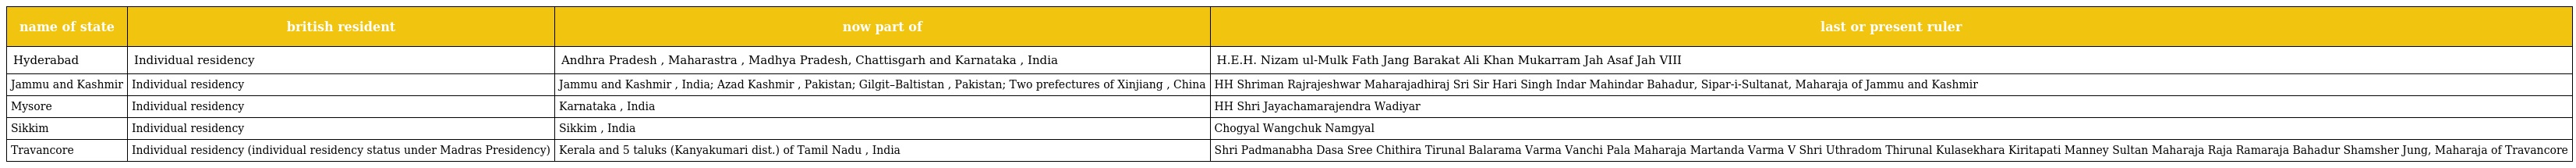
| name of state | british resident | now part of | last or present ruler |
 | --- | --- | --- | --- |
 | Hyderabad | Individual residency | Andhra Pradesh , Maharastra , Madhya Pradesh, Chattisgarh and Karnataka , India | H.E.H. Nizam ul-Mulk Fath Jang Barakat Ali Khan Mukarram Jah Asaf Jah VIII |
 | Jammu and Kashmir | Individual residency | Jammu and Kashmir , India; Azad Kashmir , Pakistan; Gilgit–Baltistan , Pakistan; Two prefectures of Xinjiang , China | HH Shriman Rajrajeshwar Maharajadhiraj Sri Sir Hari Singh Indar Mahindar Bahadur, Sipar-i-Sultanat, Maharaja of Jammu and Kashmir |
 | Mysore | Individual residency | Karnataka , India | HH Shri Jayachamarajendra Wadiyar |
 | Sikkim | Individual residency | Sikkim , India | Chogyal Wangchuk Namgyal |
 | Travancore | Individual residency (individual residency status under Madras Presidency) | Kerala and 5 taluks (Kanyakumari dist.) of Tamil Nadu , India | Shri Padmanabha Dasa Sree Chithira Tirunal Balarama Varma Vanchi Pala Maharaja Martanda Varma V Shri Uthradom Thirunal Kulasekhara Kiritapati Manney Sultan Maharaja Raja Ramaraja Bahadur Shamsher Jung, Maharaja of Travancore |